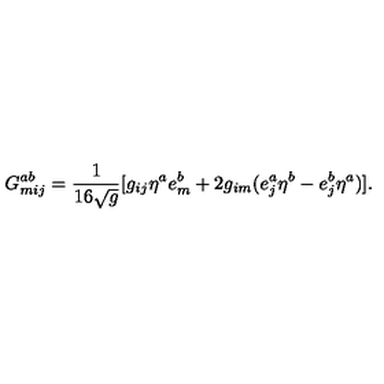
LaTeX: G _ { m i j } ^ { a b } = \frac { 1 } { 1 6 \sqrt { g } } [ g _ { i j } \eta ^ { a } e _ { m } ^ { b } + 2 g _ { i m } ( e _ { j } ^ { a } \eta ^ { b } - e _ { j } ^ { b } \eta ^ { a } ) ] .